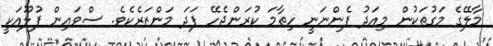
މާލޭގެ މަގުތަކުން މިއަދު ފެންނަނީ ހިތާމަ ކުރަންޖެހޭ ފަދަ މަންޒަރެކެވެ. ސްވައިން ފުލޫއަކީ